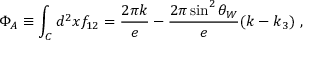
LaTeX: \Phi _ { A } \equiv \int _ { \cal C } d ^ { 2 } x f _ { 1 2 } = \frac { 2 \pi k } { e } - \frac { 2 \pi \sin ^ { 2 } \theta _ { W } } { e } ( k - k _ { 3 } ) ~ ,